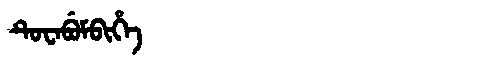
Manchu: ᡨᡠᠸᠠᠪᡠᠮᠪᡳᡥᡝ
Romanization: TUWABUMBIHE